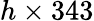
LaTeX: h\times 343